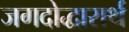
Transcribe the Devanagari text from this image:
जगदोद्धारार्थ